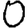
Digit: 0